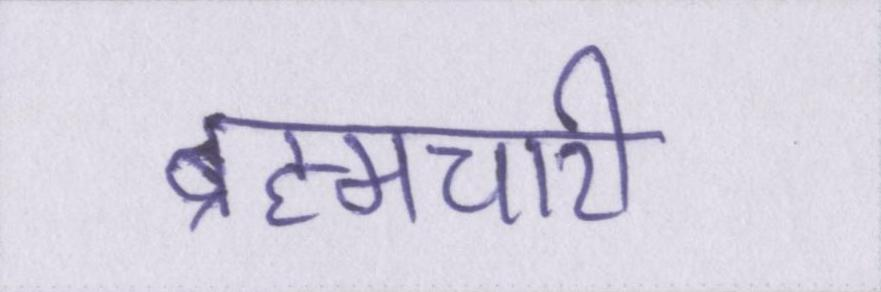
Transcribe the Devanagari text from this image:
ब्रह्मचारी